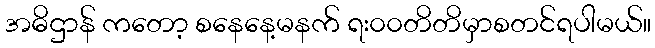
အဓိဌာန် ကတော့ စနေနေ့မနက် ရး၀၀တိတိမှာစတင်ရပါမယ်။